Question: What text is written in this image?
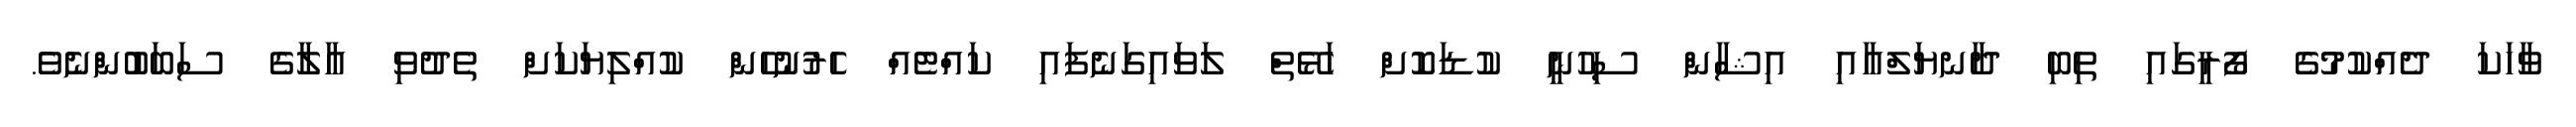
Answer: ވާހަކަ ދެއްކުމުގެ ފޯރީގައި ތިބި ދާނޔަލްއާއި އިޝާން ސިހުނީ ކުޑަކޮށް ހަޅޭތް ލަވައިގަނެފައި ކައްޓެއް ހެރުނުހެން ކުއްލިޔަކަށް ތެދުވި އާލާގެ ސަބަބުންނެވެ.